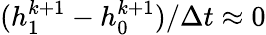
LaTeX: (h_{1}^{k+1}-h_{0}^{k+1})/\Delta t\approx 0